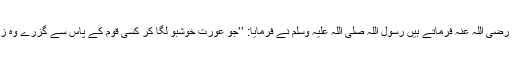
ابو موسیٰ رضی اللہ عنہ فرماتے ہیں رسول اللہ صلی اللہ علیہ وسلم نے فرمایا: ’’جو عورت خوشبو لگا کر کسی قوم کے پاس سے گزرے وہ زانیہ ہے‘‘۔